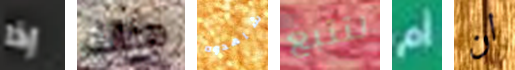
إذا هناك شاهدوه لتتبع ام ان